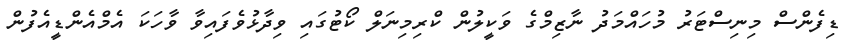
ޑިފެންސް މިނިސްޓަރު މުހައްމަދު ނާޒިމްގެ ވަކީލުން ކްރިމިނަލް ކޯޓުގައި ވިދާޅުވެފައިވާ ވާހަކަ އެމްއެންޑީއެފުން